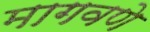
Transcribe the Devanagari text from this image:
मागवणे